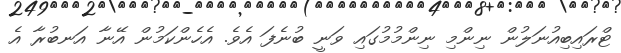
ޓްރައިބިއުނަލުން ނިންމި ނިންމުމުގައި ވަނީ ބުނެފަ އެވެ. އެހެންކަމުން އޭނާ އަނބުރާ އެ